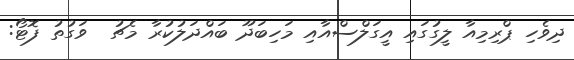
ދިވެހި ޕްރިމިއާ ލީގުގައި އީގަލްސްއާއި މަހިބަދޫ ބައްދަލުކުރާ މެޗު  ވަގުތު ފޮޓޯ: